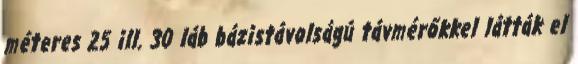
méteres 25 ill. 30 láb bázistávolságú távmérőkkel látták el